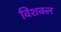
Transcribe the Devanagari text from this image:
विशक्ल